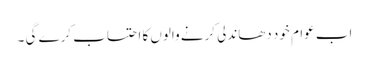
اب عوام خود دھاندلی کرنے والوں کا احتساب کرے گی ۔